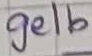
Text: gelb